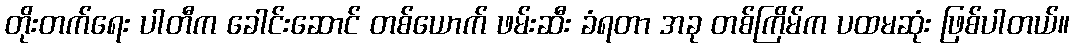
တိုးတက်ရေး ပါတီက ခေါင်းဆောင် တစ်ယောက် ဖမ်းဆီး ခံရတာ အခု တစ်ကြိမ်က ပထမဆုံး ဖြစ်ပါတယ်။